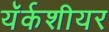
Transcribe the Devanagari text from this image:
यॅर्कशीयर